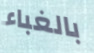
بالغباء